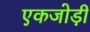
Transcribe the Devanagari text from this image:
एकजोड़ी